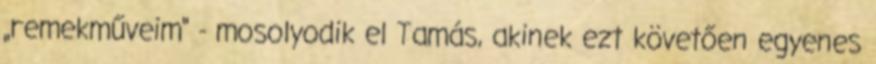
„remekműveim" - mosolyodik el Tamás, akinek ezt követően egyenes